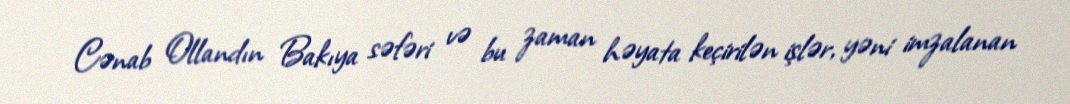
Cənab Ollandın Bakıya səfəri və bu zaman həyata keçirilən işlər, yəni imzalanan